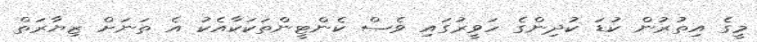
މީގެ އިތުރުން ކުޑަ ކުދިންގެ ހަވީރުގައި ވެސް ކެންޓީންތަކަކާއެކު އެ ތަނަށް ޒިޔާރަތް